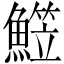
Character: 𩻒